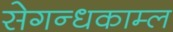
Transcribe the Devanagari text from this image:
सेगन्धकाम्ल